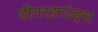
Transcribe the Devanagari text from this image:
डीयरहाउंड्स